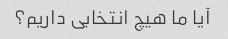
آیا ما هیچ انتخابی داریم؟